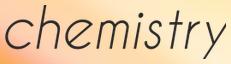
chemistry